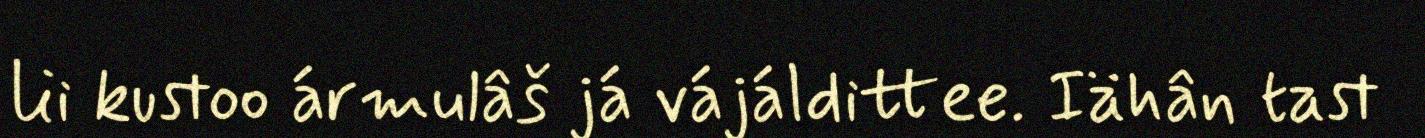
lii kustoo ármulâš já vájáldittee. Iähân tast